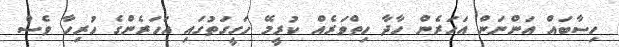
ހިސާބައް އަންނަން އަހަރެން ހާދާ ހިތްވަރެއް ކުރީމޭ ހަގީގަތުގައި އަހަރެންގެ ހުރިހާ ވެސް